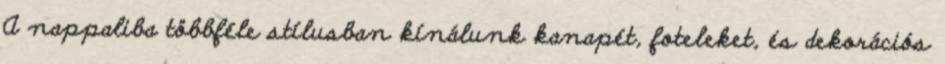
A nappaliba többféle stílusban kínálunk kanapét, foteleket, és dekorációs